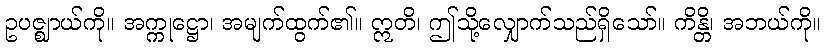
ဥပဇ္ဈာယ်ကို။ အက္ကုဋ္ဌော၊ အမျက်ထွက်၏။ ဣတိ၊ ဤသို့လျှောက်သည်ရှိသော်။ ကိန္တိ၊ အဘယ်ကို။